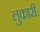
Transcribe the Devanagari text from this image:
लुकारी